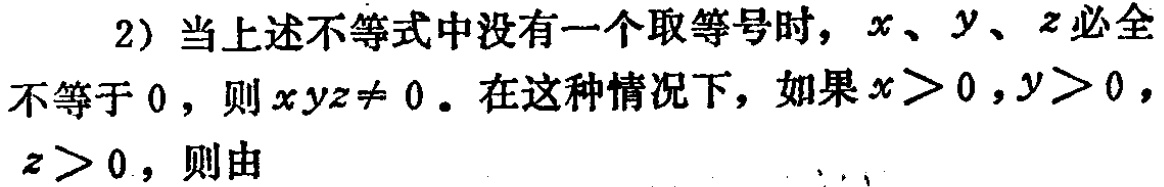
2) 当上述不等式中没有一个取等号时，\(x\)、\(y\)、\(z\)必全不等于 \(0\)，则 \(xyz\neq 0\)。在这种情况下，如果 \(x > 0,y > 0\)，\(z > 0\)，则由